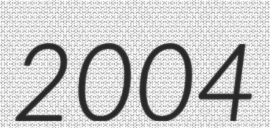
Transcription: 2004